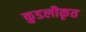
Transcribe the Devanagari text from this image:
कुडलीकृत